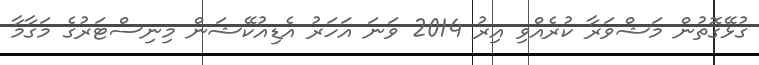
ގުޅޭގޮތުން މަޝްވަރާ ކުރެއްވި އިރު 2014 ވަނަ އަހަރު އެޑިއުކޭޝަން މިނިސްޓަރުގެ މަގާމާ